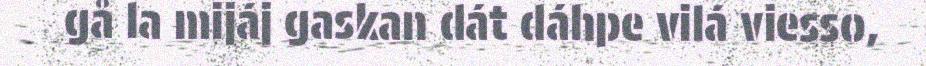
gå la mijáj gaskan dát dáhpe vilá viesso,